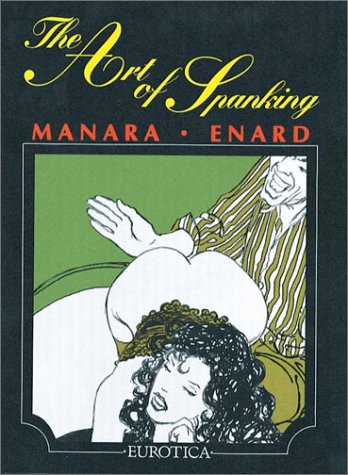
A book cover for The Art of Spanking; Jean-Pierre Enard; Comics & Graphic Novels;